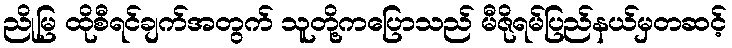
ညိုမြ ထိုစီရင်ချက်အတွက် သူတို့ကပြောသည် မီဇိုရမ်ပြည်နယ်မှတဆင့်